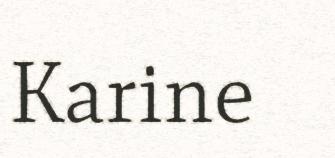
Karine